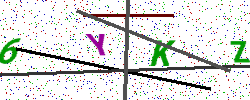
Text: 6YKZ